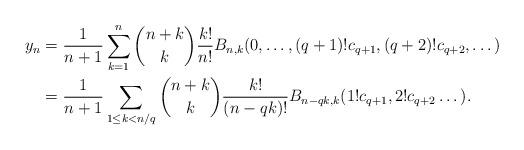
LaTeX: \begin{align*} y_n &=\frac{1}{n+1}\sum_{k=1}^{n} \binom{n+k}{k}\frac{k!}{n!} B_{n,k}(0,\dots,(q+1)!c_{q+1},(q+2)!c_{q+2},\dots) \\ &=\frac{1}{n+1}\sum_{1\le k< n/q} \binom{n+k}{k}\frac{k!}{(n-qk)!} B_{n-qk,k}(1!c_{q+1},2!c_{q+2}\dots).\end{align*}